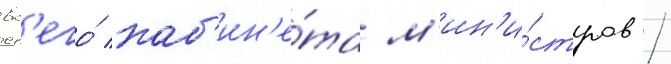
вс'его́ каб'ин'е́та м'ин'и́стров /